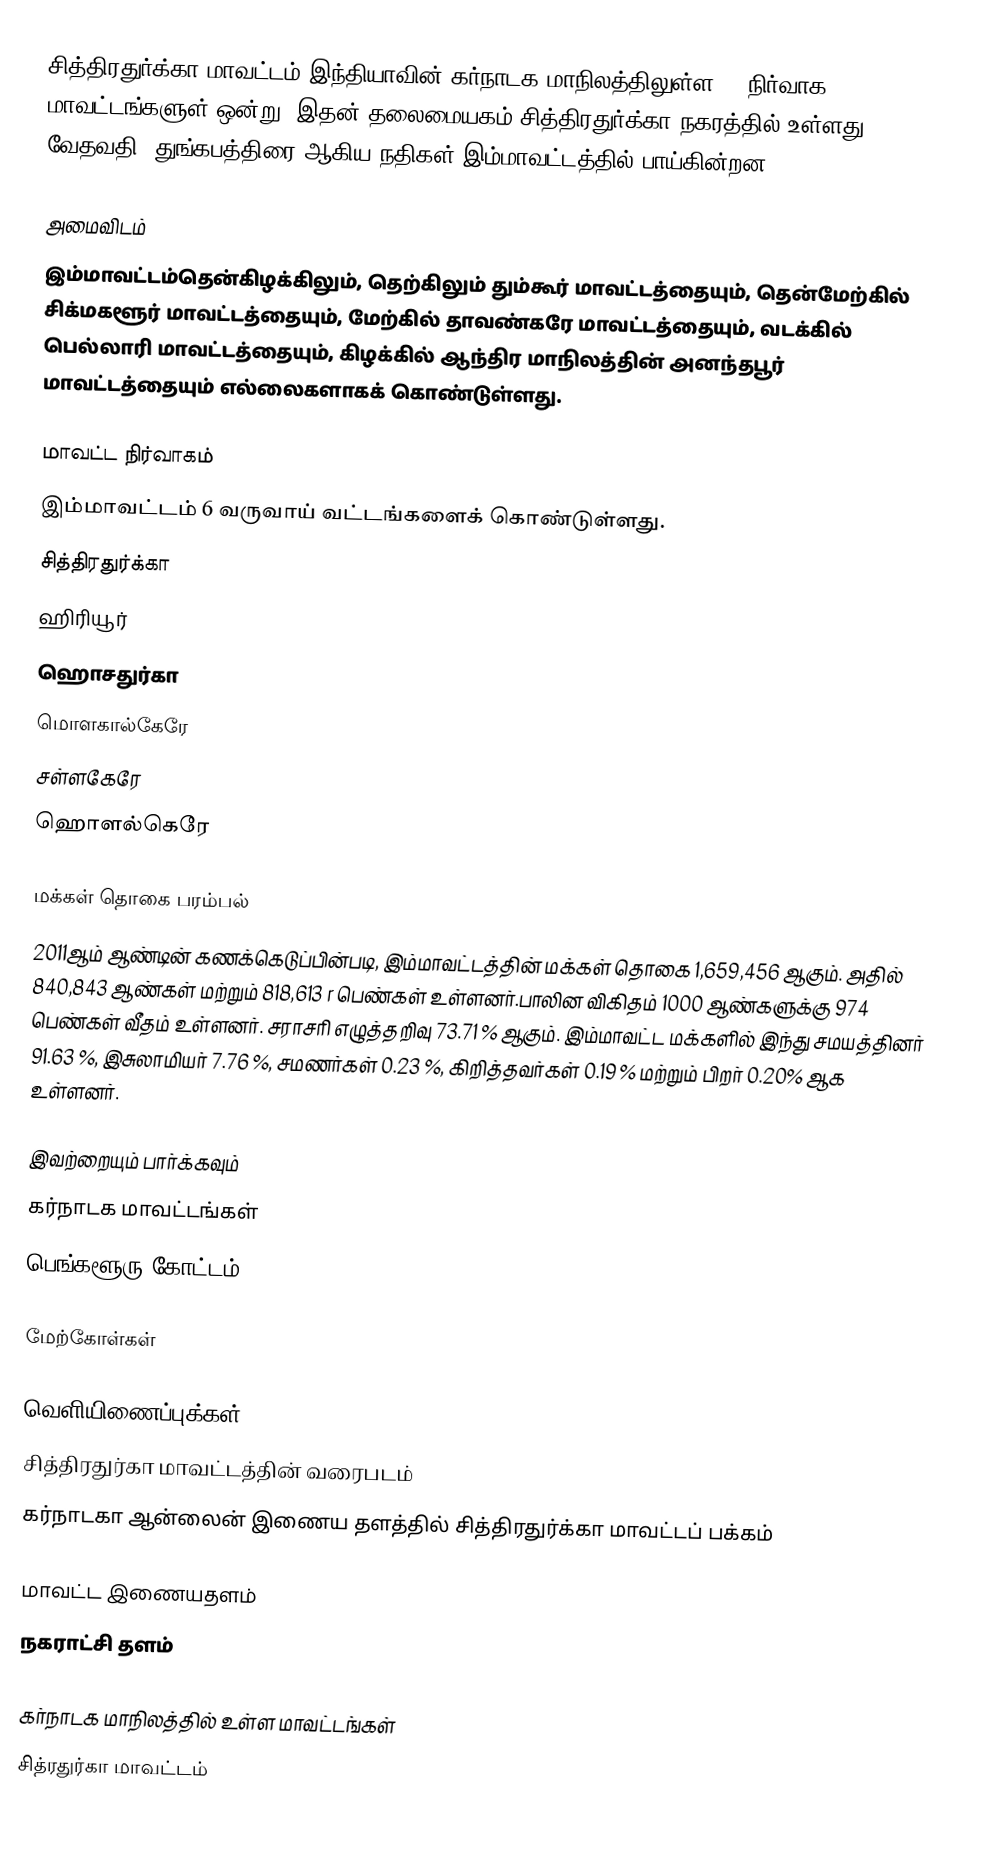
சித்திரதுர்க்கா மாவட்டம் இந்தியாவின் கர்நாடக மாநிலத்திலுள்ள 27 நிர்வாக மாவட்டங்களுள் ஒன்று. இதன் தலைமையகம் சித்திரதுர்க்கா நகரத்தில் உள்ளது. வேதவதி, துங்கபத்திரை ஆகிய நதிகள் இம்மாவட்டத்தில் பாய்கின்றன.

அமைவிடம்
இம்மாவட்டம்தென்கிழக்கிலும், தெற்கிலும் தும்கூர் மாவட்டத்தையும், தென்மேற்கில் சிக்மகளூர் மாவட்டத்தையும், மேற்கில் தாவண்கரே மாவட்டத்தையும், வடக்கில் பெல்லாரி மாவட்டத்தையும், கிழக்கில் ஆந்திர மாநிலத்தின் அனந்தபூர் மாவட்டத்தையும் எல்லைகளாகக் கொண்டுள்ளது.

மாவட்ட நிர்வாகம்
இம்மாவட்டம் 6 வருவாய் வட்டங்களைக் கொண்டுள்ளது.
 சித்திரதுர்க்கா
 ஹிரியூர்
  ஹொசதுர்கா
 மொளகால்கேரே
 சள்ளகேரே
 ஹொளல்கெரே

மக்கள் தொகை பரம்பல்
2011ஆம் ஆண்டின் கணக்கெடுப்பின்படி,   இம்மாவட்டத்தின் மக்கள் தொகை 1,659,456  ஆகும். அதில்  840,843  ஆண்கள் மற்றும் 818,613 r பெண்கள் உள்ளனர்.பாலின விகிதம் 1000 ஆண்களுக்கு 974 பெண்கள் வீதம் உள்ளனர். சராசரி எழுத்தறிவு 73.71 % ஆகும். இம்மாவட்ட மக்களில் இந்து சமயத்தினர் 91.63 %, இசுலாமியர் 7.76 %, சமணர்கள் 0.23 %, கிறித்தவர்கள்  0.19 % மற்றும் பிறர் 0.20% ஆக உள்ளனர்.

இவற்றையும் பார்க்கவும்
  கர்நாடக மாவட்டங்கள்
 பெங்களூரு கோட்டம்

மேற்கோள்கள்

வெளியிணைப்புக்கள்
  சித்திரதுர்கா மாவட்டத்தின் வரைபடம்
 கர்நாடகா ஆன்லைன் இணைய தளத்தில் சித்திரதுர்க்கா மாவட்டப் பக்கம்

 மாவட்ட இணையதளம்
 நகராட்சி தளம்

கர்நாடக மாநிலத்தில் உள்ள மாவட்டங்கள்
சித்ரதுர்கா மாவட்டம்